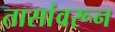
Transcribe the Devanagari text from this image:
तासांवरून